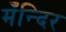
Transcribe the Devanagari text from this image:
मँन्दिर